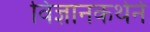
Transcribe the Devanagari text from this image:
विज्ञानकथेने